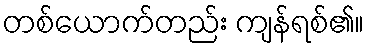
တစ်ယောက်တည်း ကျန်ရစ်၏။